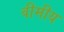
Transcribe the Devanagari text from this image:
वीमीय